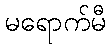
မရောက်မီ